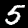
Digit: 5